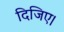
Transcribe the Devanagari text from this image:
दिजिए।